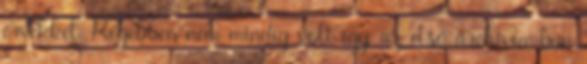
érvekkel. Régebben nem mindig volt így, az első archívumban